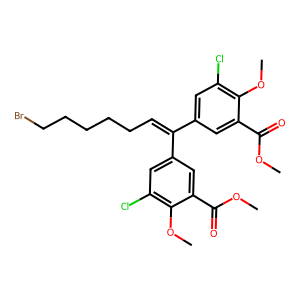
SMILES: COC(=O)c1cc(C(=CCCCCCBr)c2cc(Cl)c(OC)c(C(=O)OC)c2)cc(Cl)c1OC
Inhibits HIV replication: No